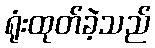
ရုံးထုတ်ခဲ့သည်